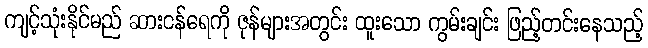
ကျင့်သုံးနိုင်မည် ဆားငန်ရေကို ဇုန်များအတွင်း ထူးသော ကွမ်းချင်း ဖြည့်တင်းနေသည့်